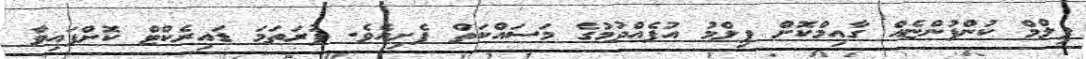
ފިލްމް ކުންފުންޏެއް ގާއިމްކޮށް ފިލްމު އުފެއްދުމުގެ މަސައްކަތް ފެށިއެވެ. ފުރަތަމަ ޑައިރެކްޓް ކޮށްފައިވާ